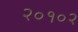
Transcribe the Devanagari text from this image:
२०१०२